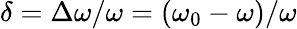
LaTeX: \delta=\Delta\omega/\omega=(\omega_{0}-\omega)/\omega